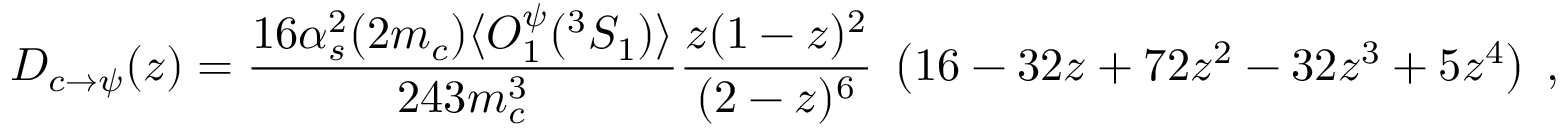
D _ { c \to \psi } ( z ) = \frac { 1 6 \alpha _ { s } ^ { 2 } ( 2 m _ { c } ) \langle { \cal O } _ { 1 } ^ { \psi } ( ^ { 3 } S _ { 1 } ) \rangle } { 2 4 3 m _ { c } ^ { 3 } } \frac { z ( 1 - z ) ^ { 2 } } { ( 2 - z ) ^ { 6 } } \; \left( 1 6 - 3 2 z + 7 2 z ^ { 2 } - 3 2 z ^ { 3 } + 5 z ^ { 4 } \right) \; ,